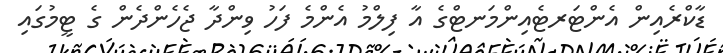
ޑާކްރެއިން އެންޓަރޓެއިންމަނޓްގެ އާ ފިލްމު އެންމެ ފަހު ވިންދާ ޖެހެންދެން ގެ ޓީމުގައި